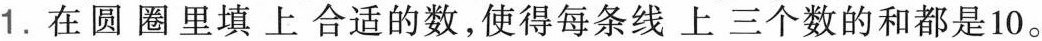
1.在圆圈里填上合适的数，使得每条线上三个数的和都是10。